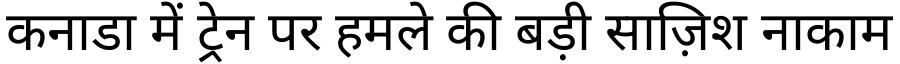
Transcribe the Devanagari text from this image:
कनाडा में ट्रेन पर हमले की बड़ी साज़िश नाकाम